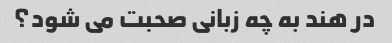
در هند به چه زبانی صحبت می شود؟